Annual report on the mental hospital in the Central Provinces and Berar (Nagpur) - 1927-1951
Year: 1927
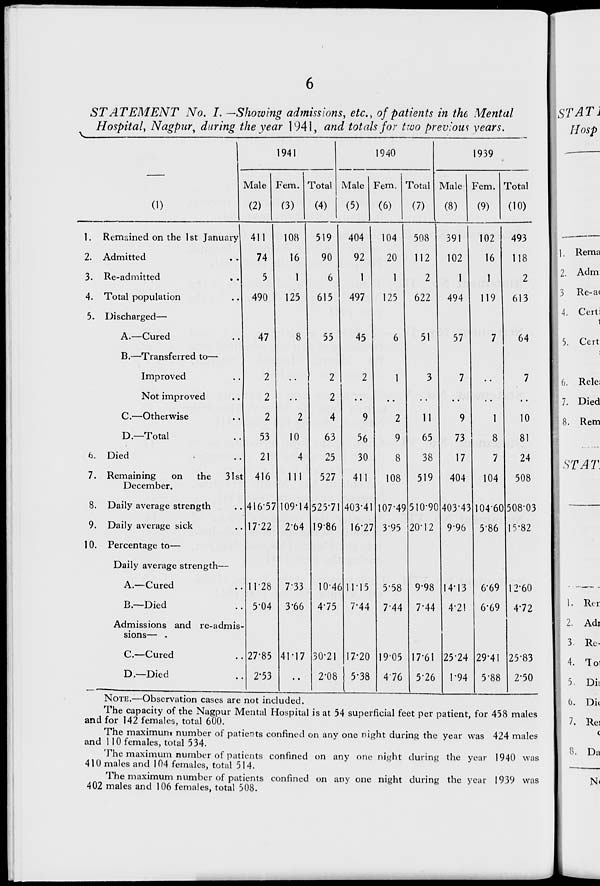
V
STATEMENT No. I. —Showing admissions, etc., of patients in the Mental
Hospital, Nagpur, daring the year 1941, and totals for two previous years.
(0
1941
Male
(2)
Fern.
(3)
Total
(4)
1940
Male
(5)
Fem.
(6)
Total
(7)
1939
Male
(8)
Fem.
(9)
Total
(10)
1. Remained on the 1st January) 411
2. Admitted
3. Re-admitted
4. Total population
5. Discharged—
A.—Cured
B.—Transferred to-
Improved
Not improved
C.—Otherwise
D— Total
6. Died
7. Remaining
on the
December.
31st
8. Daily average strength
9. Daily average sick
10. Percentage to—
Daily average strength—
A.—Cured
B — Died
Admissions and re-admis'
sions— .
C.—Cured
D— Died
74
5
490
47
2
2
2
53
21
416
416-57
17-22
108
16
1
125
8
1T28
5-04
27-85
2-53
2
10
4
111
109*14
2-64
519
90
6
615
55
2
2
4
63
404
92
1
497
45
104
20
1
125
508
112
2
622
51
391
102
1
494
57
25
527
525-71
19-86
7-33
3-66
41-17
9
56
30
411
403-41
16-27
2
9
8
108
07-49
3-95
102
16
1
119
10-46
4-75
30-21
2-08
11-15
7-44
7-20
5-38
5-58
7-44
II
65
38
519
510-90
20-12
493
118
2
613
64
19-05
4-76
9-98
7-44
9
73
17
404
403-43
996
1
8
7
104
104-60
5-86
17*61
5-26
I
14-13
4-21
10
81
24
508
508-03
15-82
6-69
6*69
25-24
1-94
29-41
5-88
2'60
4-72
25-83
2-50
NOTE.—Observation cases are not included.
The capacity of the Nagpur Mental Hospital is at 54 superficial feet per patient, for 458 males
and for 142 females, total 600.
The maximum number of patients confined on any one night during the year was 424 males
and 11 0 females, total 534.
The maximum number of patients confined on any one night during the year 1940 was
410 males and 104 females, total 514.
The maximum number of patients confined on any one night during the year 1939 was
402 males and 106 females, total 508.
STAT1
IIosp
\. Rema
2. Adm:
3 Re-a(
j 4. Cerli
5. Cert
\ 6. Rele:
7. Died
8. Rem
i ST AT.
1. Rcr
2. Adi
3. Rc-
4. loi
5. Dit
0. Die
7. Re]
c
8. Da
N<